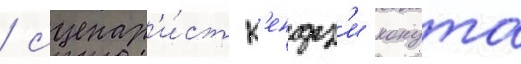
/ сценар'и́ст к'ендз'и конута